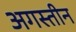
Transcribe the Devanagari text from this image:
अगस्तीन